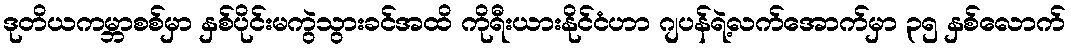
ဒုတိယကမ္ဘာစစ်မှာ နှစ်ပိုင်းမကွဲသွားခင်အထိ ကိုရီးယားနိုင်ငံဟာ ဂျပန်ရဲ့လက်အောက်မှာ ၃၅ နှစ်လောက်